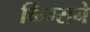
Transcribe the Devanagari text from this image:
किंग्सने